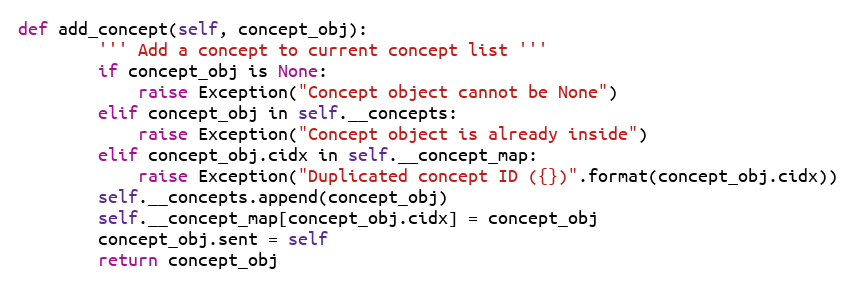
Language: Python
def add_concept(self, concept_obj):
        ''' Add a concept to current concept list '''
        if concept_obj is None:
            raise Exception("Concept object cannot be None")
        elif concept_obj in self.__concepts:
            raise Exception("Concept object is already inside")
        elif concept_obj.cidx in self.__concept_map:
            raise Exception("Duplicated concept ID ({})".format(concept_obj.cidx))
        self.__concepts.append(concept_obj)
        self.__concept_map[concept_obj.cidx] = concept_obj
        concept_obj.sent = self
        return concept_obj